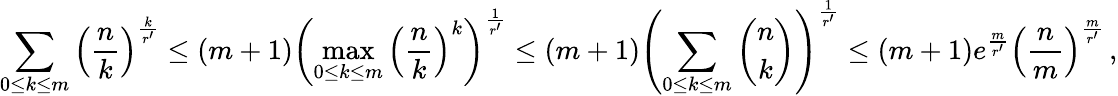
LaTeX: \sum_{0\leq k\leq m}\Big(\frac{n}{k}\Big)^{\frac{k}{r^{\prime}}}\leq(m+1)\left(\operatorname*{max}_{0\leq k\leq m}\Big(\frac{n}{k}\Big)^{k}\right)^{\frac{1}{r^{\prime}}}\leq(m+1)\left(\sum_{0\leq k\leq m}\binom{n}{k}\right)^{\frac{1}{r^{\prime}}}\leq(m+1)e^{\frac{m}{r^{\prime}}}\Big(\frac{n}{m}\Big)^{\frac{m}{r^{\prime}}}\, ,